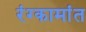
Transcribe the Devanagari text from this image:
रंग्कामांत